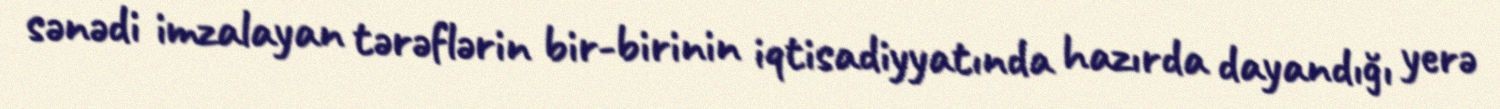
sənədi imzalayan tərəflərin bir-birinin iqtisadiyyatında hazırda dayandığı yerə